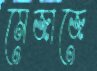
মেজাজে